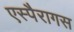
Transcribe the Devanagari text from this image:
एस्पैरागस